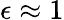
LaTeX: \epsilon\approx 1